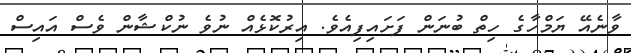
ވާނެއޭ ޔަމްހާގެ ހިތް ބުނަން ފަށައިފިއެވެ. އިރުކޮޅެއް ނުވެ ނުކްޝާން ވެސް އައިސް